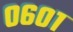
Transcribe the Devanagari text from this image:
०६०१